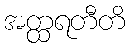
အတ္ထရတီတိ